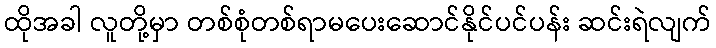
ထိုအခါ လူတို့မှာ တစ်စုံတစ်ရာမပေးဆောင်နိုင်ပင်ပန်း ဆင်းရဲလျက်